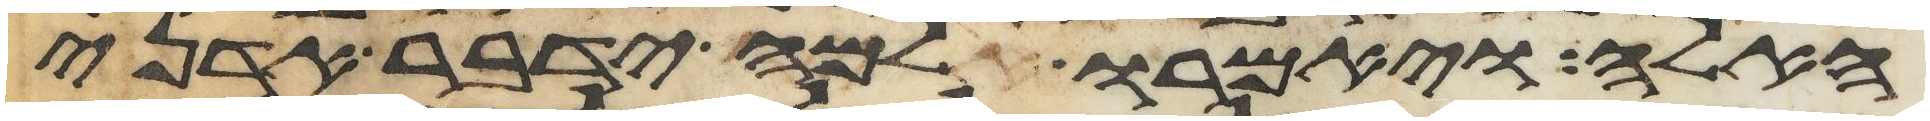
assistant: האלה ויאמרו למה ידבר אדני